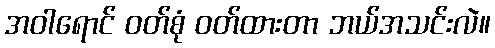
အဝါရောင် ဝတ်စုံ ဝတ်ထားတာ ဘယ်အသင်းလဲ။